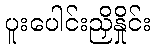
ပူးပေါင်းညှိနှိုင်း